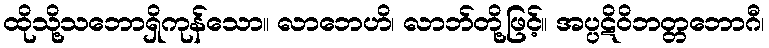
ထိုသို့သဘောရှိကုန်သော။ လာဘေဟိ၊ လာဘ်တို့ဖြင့်။ အပ္ပဋိဝိဘတ္တဘောဂီ၊